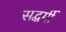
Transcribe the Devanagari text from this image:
सद्धर्मी